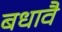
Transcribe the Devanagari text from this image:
बधावै